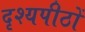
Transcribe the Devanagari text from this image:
दृश्यपीठों